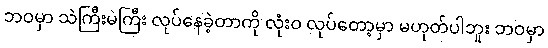
ဘဝမှာ သဲကြီးမဲကြီး လုပ်နေခဲ့တာကို လုံးဝ လုပ်တော့မှာ မဟုတ်ပါဘူး ဘဝမှာ